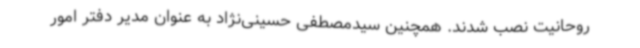
روحانیت نصب شدند. همچنین سیدمصطفی حسینی‌نژاد به عنوان مدیر دفتر امور